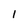
Character: l